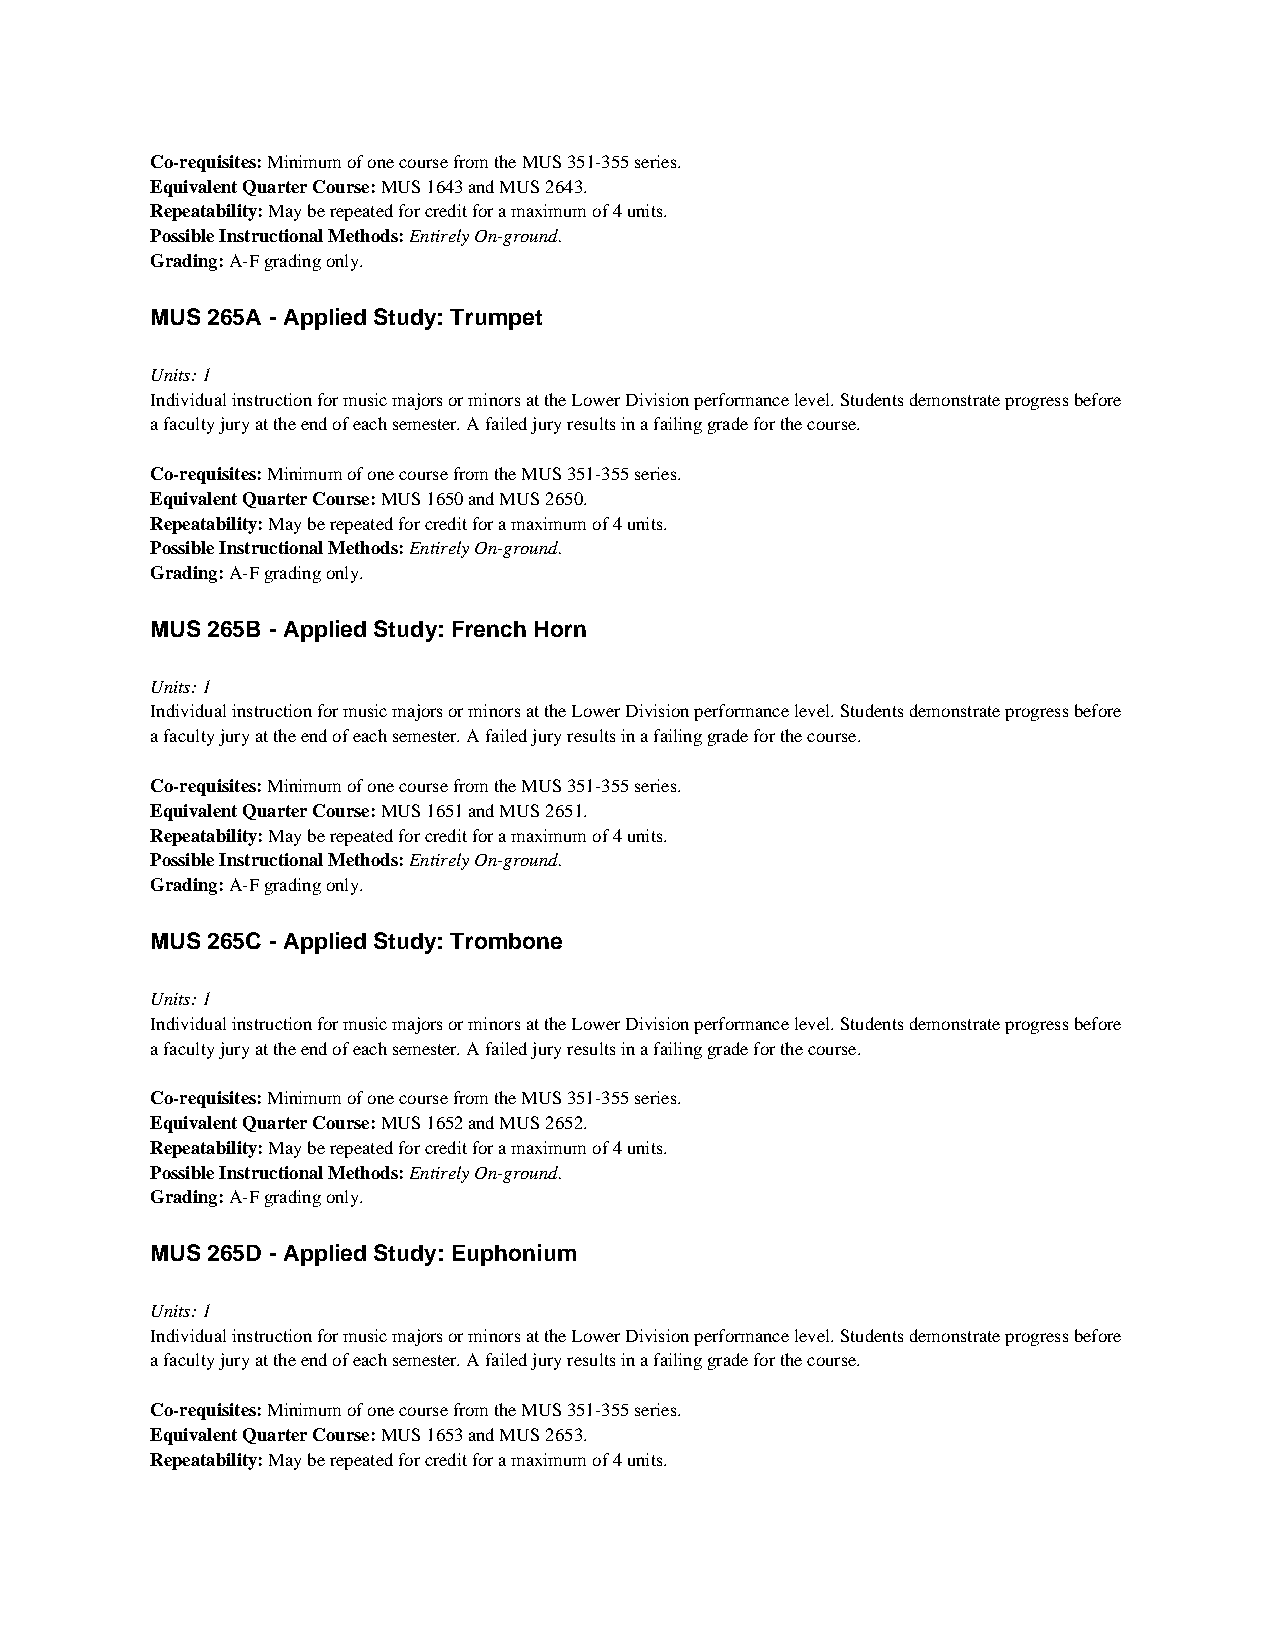
Co-requisites: Minimum of one course from the MUS 351-355 series.
 Equivalent Quarter Course: MUS 1643 and MUS 2643.
 Repeatability: May be repeated for credit for a maximum of 4 units.
 Possible Instructional Methods: Entirely On-ground.
 Grading: A-F grading only.
 MUS 265A - Applied Study: Trumpet
 Units: 1
 Individual instruction for music majors or minors at the Lower Division performance level. Students demonstrate progress before
 a faculty jury at the end of each semester. A failed jury results in a failing grade for the course.
 Co-requisites: Minimum of one course from the MUS 351-355 series.
 Equivalent Quarter Course: MUS 1650 and MUS 2650.
 Repeatability: May be repeated for credit for a maximum of 4 units.
 Possible Instructional Methods: Entirely On-ground.
 Grading: A-F grading only.
 MUS 265B - Applied Study: French Horn
 Units: 1
 Individual instruction for music majors or minors at the Lower Division performance level. Students demonstrate progress before
 a faculty jury at the end of each semester. A failed jury results in a failing grade for the course.
 Co-requisites: Minimum of one course from the MUS 351-355 series.
 Equivalent Quarter Course: MUS 1651 and MUS 2651.
 Repeatability: May be repeated for credit for a maximum of 4 units.
 Possible Instructional Methods: Entirely On-ground.
 Grading: A-F grading only.
 MUS 265C - Applied Study: Trombone
 Units: 1
 Individual instruction for music majors or minors at the Lower Division performance level. Students demonstrate progress before
 a faculty jury at the end of each semester. A failed jury results in a failing grade for the course.
 Co-requisites: Minimum of one course from the MUS 351-355 series.
 Equivalent Quarter Course: MUS 1652 and MUS 2652.
 Repeatability: May be repeated for credit for a maximum of 4 units.
 Possible Instructional Methods: Entirely On-ground.
 Grading: A-F grading only.
 MUS 265D - Applied Study: Euphonium
 Units: 1
 Individual instruction for music majors or minors at the Lower Division performance level. Students demonstrate progress before
 a faculty jury at the end of each semester. A failed jury results in a failing grade for the course.
 Co-requisites: Minimum of one course from the MUS 351-355 series.
 Equivalent Quarter Course: MUS 1653 and MUS 2653.
 Repeatability: May be repeated for credit for a maximum of 4 units.